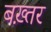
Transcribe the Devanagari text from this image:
बख़्तर